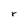
Character: r